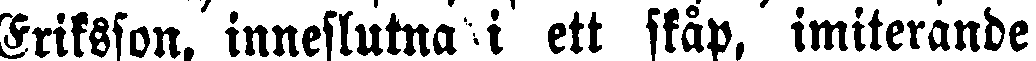
Eriksson, inneslutna i ett skåp, imiterande